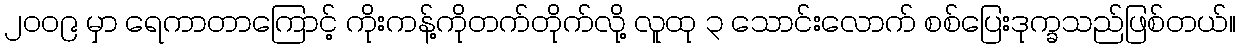
၂၀၀၉ မှာ ရေကာတာကြောင့် ကိုးကန့်ကိုတက်တိုက်လို့ လူထု ၃ သောင်းလောက် စစ်ပြေးဒုက္ခသည်ဖြစ်တယ်။